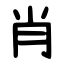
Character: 肖